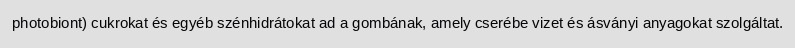
photobiont) cukrokat és egyéb szénhidrátokat ad a gombának, amely cserébe vizet és ásványi anyagokat szolgáltat.